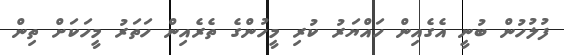
ފުލުހުން ބުނީ އެގެއިން ހައްޔަރު ކުރި މީހުންގެ ތެރެއިން ހަތަރު މީހަކަށް ތިން